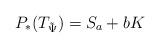
LaTeX: \begin{align*}P_\ast(T_{\tilde\Psi})=S_a+bK\end{align*}